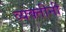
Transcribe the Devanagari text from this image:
व्‍यक्‍तींनी